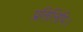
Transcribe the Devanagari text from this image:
प्रतिलिपि।